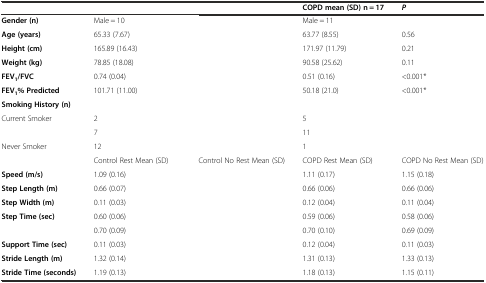
<table><thead><tr><td>[EMPTY_CELL]</td><td>[EMPTY_CELL]</td><td>[EMPTY_CELL]</td><td><b>COPD mean (SD) n = 17</b></td><td><b><i>P</i></b></td></tr></thead><tbody><tr><td><b>Gender (n)</b></td><td>Male = 10</td><td>[EMPTY_CELL]</td><td>Male = 11</td><td>[EMPTY_CELL]</td></tr><tr><td><b>Age (years)</b></td><td>65.33 (7.67)</td><td>[EMPTY_CELL]</td><td>63.77 (8.55)</td><td>0.56</td></tr><tr><td><b>Height (cm)</b></td><td>165.89 (16.43)</td><td>[EMPTY_CELL]</td><td>171.97 (11.79)</td><td>0.21</td></tr><tr><td><b>Weight (kg)</b></td><td>78.85 (18.08)</td><td>[EMPTY_CELL]</td><td>90.58 (25.62)</td><td>0.11</td></tr><tr><td><b>FEV</b><sub><b>1</b></sub><b>/FVC</b></td><td>0.74 (0.04)</td><td>[EMPTY_CELL]</td><td>0.51 (0.16)</td><td>&lt;0.001*</td></tr><tr><td><b>FEV</b><sub><b>1</b></sub><b>% Predicted</b></td><td>101.71 (11.00)</td><td>[EMPTY_CELL]</td><td>50.18 (21.0)</td><td>&lt;0.001*</td></tr><tr><td><b>Smoking History (n)</b></td><td>[EMPTY_CELL]</td><td>[EMPTY_CELL]</td><td>[EMPTY_CELL]</td><td>[EMPTY_CELL]</td></tr><tr><td>Current Smoker</td><td>2</td><td>[EMPTY_CELL]</td><td>5</td><td>[EMPTY_CELL]</td></tr><tr><td>[EMPTY_CELL]</td><td>7</td><td>[EMPTY_CELL]</td><td>11</td><td>[EMPTY_CELL]</td></tr><tr><td>Never Smoker</td><td>12</td><td>[EMPTY_CELL]</td><td>1</td><td>[EMPTY_CELL]</td></tr><tr><td>[EMPTY_CELL]</td><td>Control Rest Mean (SD)</td><td>Control No Rest Mean (SD)</td><td>COPD Rest Mean (SD)</td><td>COPD No Rest Mean (SD)</td></tr><tr><td><b>Speed (m/s)</b></td><td>1.09 (0.16)</td><td>[EMPTY_CELL]</td><td>1.11 (0.17)</td><td>1.15 (0.18)</td></tr><tr><td><b>Step Length (m)</b></td><td>0.66 (0.07)</td><td>[EMPTY_CELL]</td><td>0.66 (0.06)</td><td>0.66 (0.06)</td></tr><tr><td><b>Step Width (m)</b></td><td>0.11 (0.03)</td><td>[EMPTY_CELL]</td><td>0.12 (0.04)</td><td>0.11 (0.04)</td></tr><tr><td><b>Step Time (sec)</b></td><td>0.60 (0.06)</td><td>[EMPTY_CELL]</td><td>0.59 (0.06)</td><td>0.58 (0.06)</td></tr><tr><td>[EMPTY_CELL]</td><td>0.70 (0.09)</td><td>[EMPTY_CELL]</td><td>0.70 (0.10)</td><td>0.69 (0.09)</td></tr><tr><td><b>Support Time (sec)</b></td><td>0.11 (0.03)</td><td>[EMPTY_CELL]</td><td>0.12 (0.04)</td><td>0.11 (0.03)</td></tr><tr><td><b>Stride Length (m)</b></td><td>1.32 (0.14)</td><td>[EMPTY_CELL]</td><td>1.31 (0.13)</td><td>1.33 (0.13)</td></tr><tr><td><b>Stride Time (seconds)</b></td><td>1.19 (0.13)</td><td>[EMPTY_CELL]</td><td>1.18 (0.13)</td><td>1.15 (0.11)</td></tr></tbody></table>